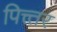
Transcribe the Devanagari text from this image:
पित्त्तर